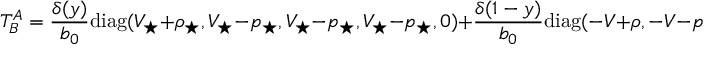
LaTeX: T _ { B } ^ { A } = \frac { \delta ( y ) } { b _ { 0 } } \mathrm { d i a g } ( V _ { \star } + \rho _ { \star } , V _ { \star } - p _ { \star } , V _ { \star } - p _ { \star } , V _ { \star } - p _ { \star } , 0 ) + \frac { \delta ( 1 - y ) } { b _ { 0 } } \mathrm { d i a g } ( - V + \rho , - V - p , V - p , V - p , 0 ) ,